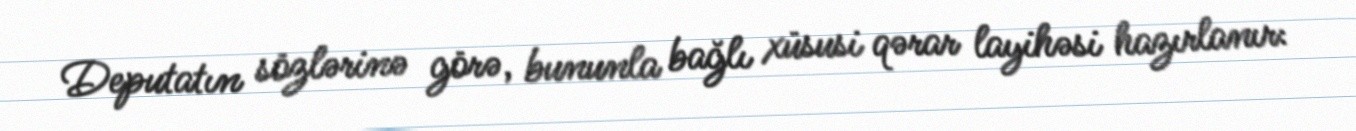
Deputatın sözlərinə görə, bununla bağlı xüsusi qərar layihəsi hazırlanır: